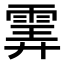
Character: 𩂽